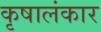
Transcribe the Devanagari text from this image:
कृषालंकार